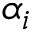
\alpha _ { i }